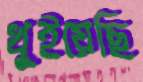
খুইয়েছি